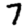
Digit: 7